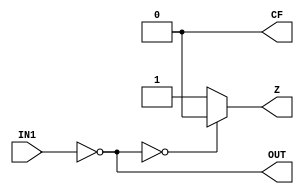
`timescale 1ns / 1ps
//////////////////////////////////////////////////////////////////////////////////
// Company: 
// Engineer: 
// 
// Design Name: 
// Module Name: NOT
// Project Name: 
// Target Devices: 
// Tool Versions: 
// Description: 
// 
// Dependencies: 
// 
// Revision:
// Revision 0.01 - File Created
// Additional Comments:
// 
//////////////////////////////////////////////////////////////////////////////////


module NOT(
    input wire[3:0] IN1,
    output wire [3:0] OUT,
    output reg Z,
    output wire CF
    );
    
    assign OUT = ~IN1;
    assign CF = 0;
    
    always@*
    begin
        if(OUT == 4'b0000)
            begin
            Z = 1'b0;
            end
        else
            begin
            Z = 1'b1;
            end
    end
    
    
endmodule